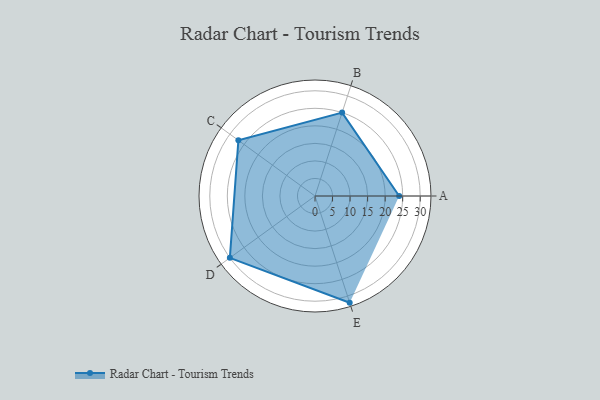
{"axis": {"x": "Skill", "y": "Score"}, "legend": ["Profile"], "data": [{"x": "A", "y": 24.0, "type": "Profile"}, {"x": "B", "y": 25.0, "type": "Profile"}, {"x": "C", "y": 27.0, "type": "Profile"}, {"x": "D", "y": 30.0, "type": "Profile"}, {"x": "E", "y": 32.0, "type": "Profile"}]}